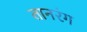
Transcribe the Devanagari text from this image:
तानरंग